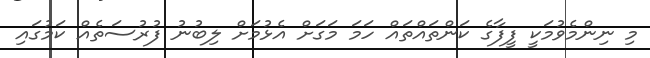
މި ނިންމެވުމަކީ ފީފާގެ ކަންތައްތައް ހަމަ މަގަށް އެޅުމަށް ލިބުނު ފުރުސަތެއް ކަމުގައި